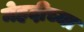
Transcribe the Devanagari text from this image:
मेहदीच्या